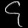
Digit: ၄